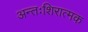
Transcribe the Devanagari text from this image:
अन्तःशिरात्मक